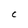
Character: C